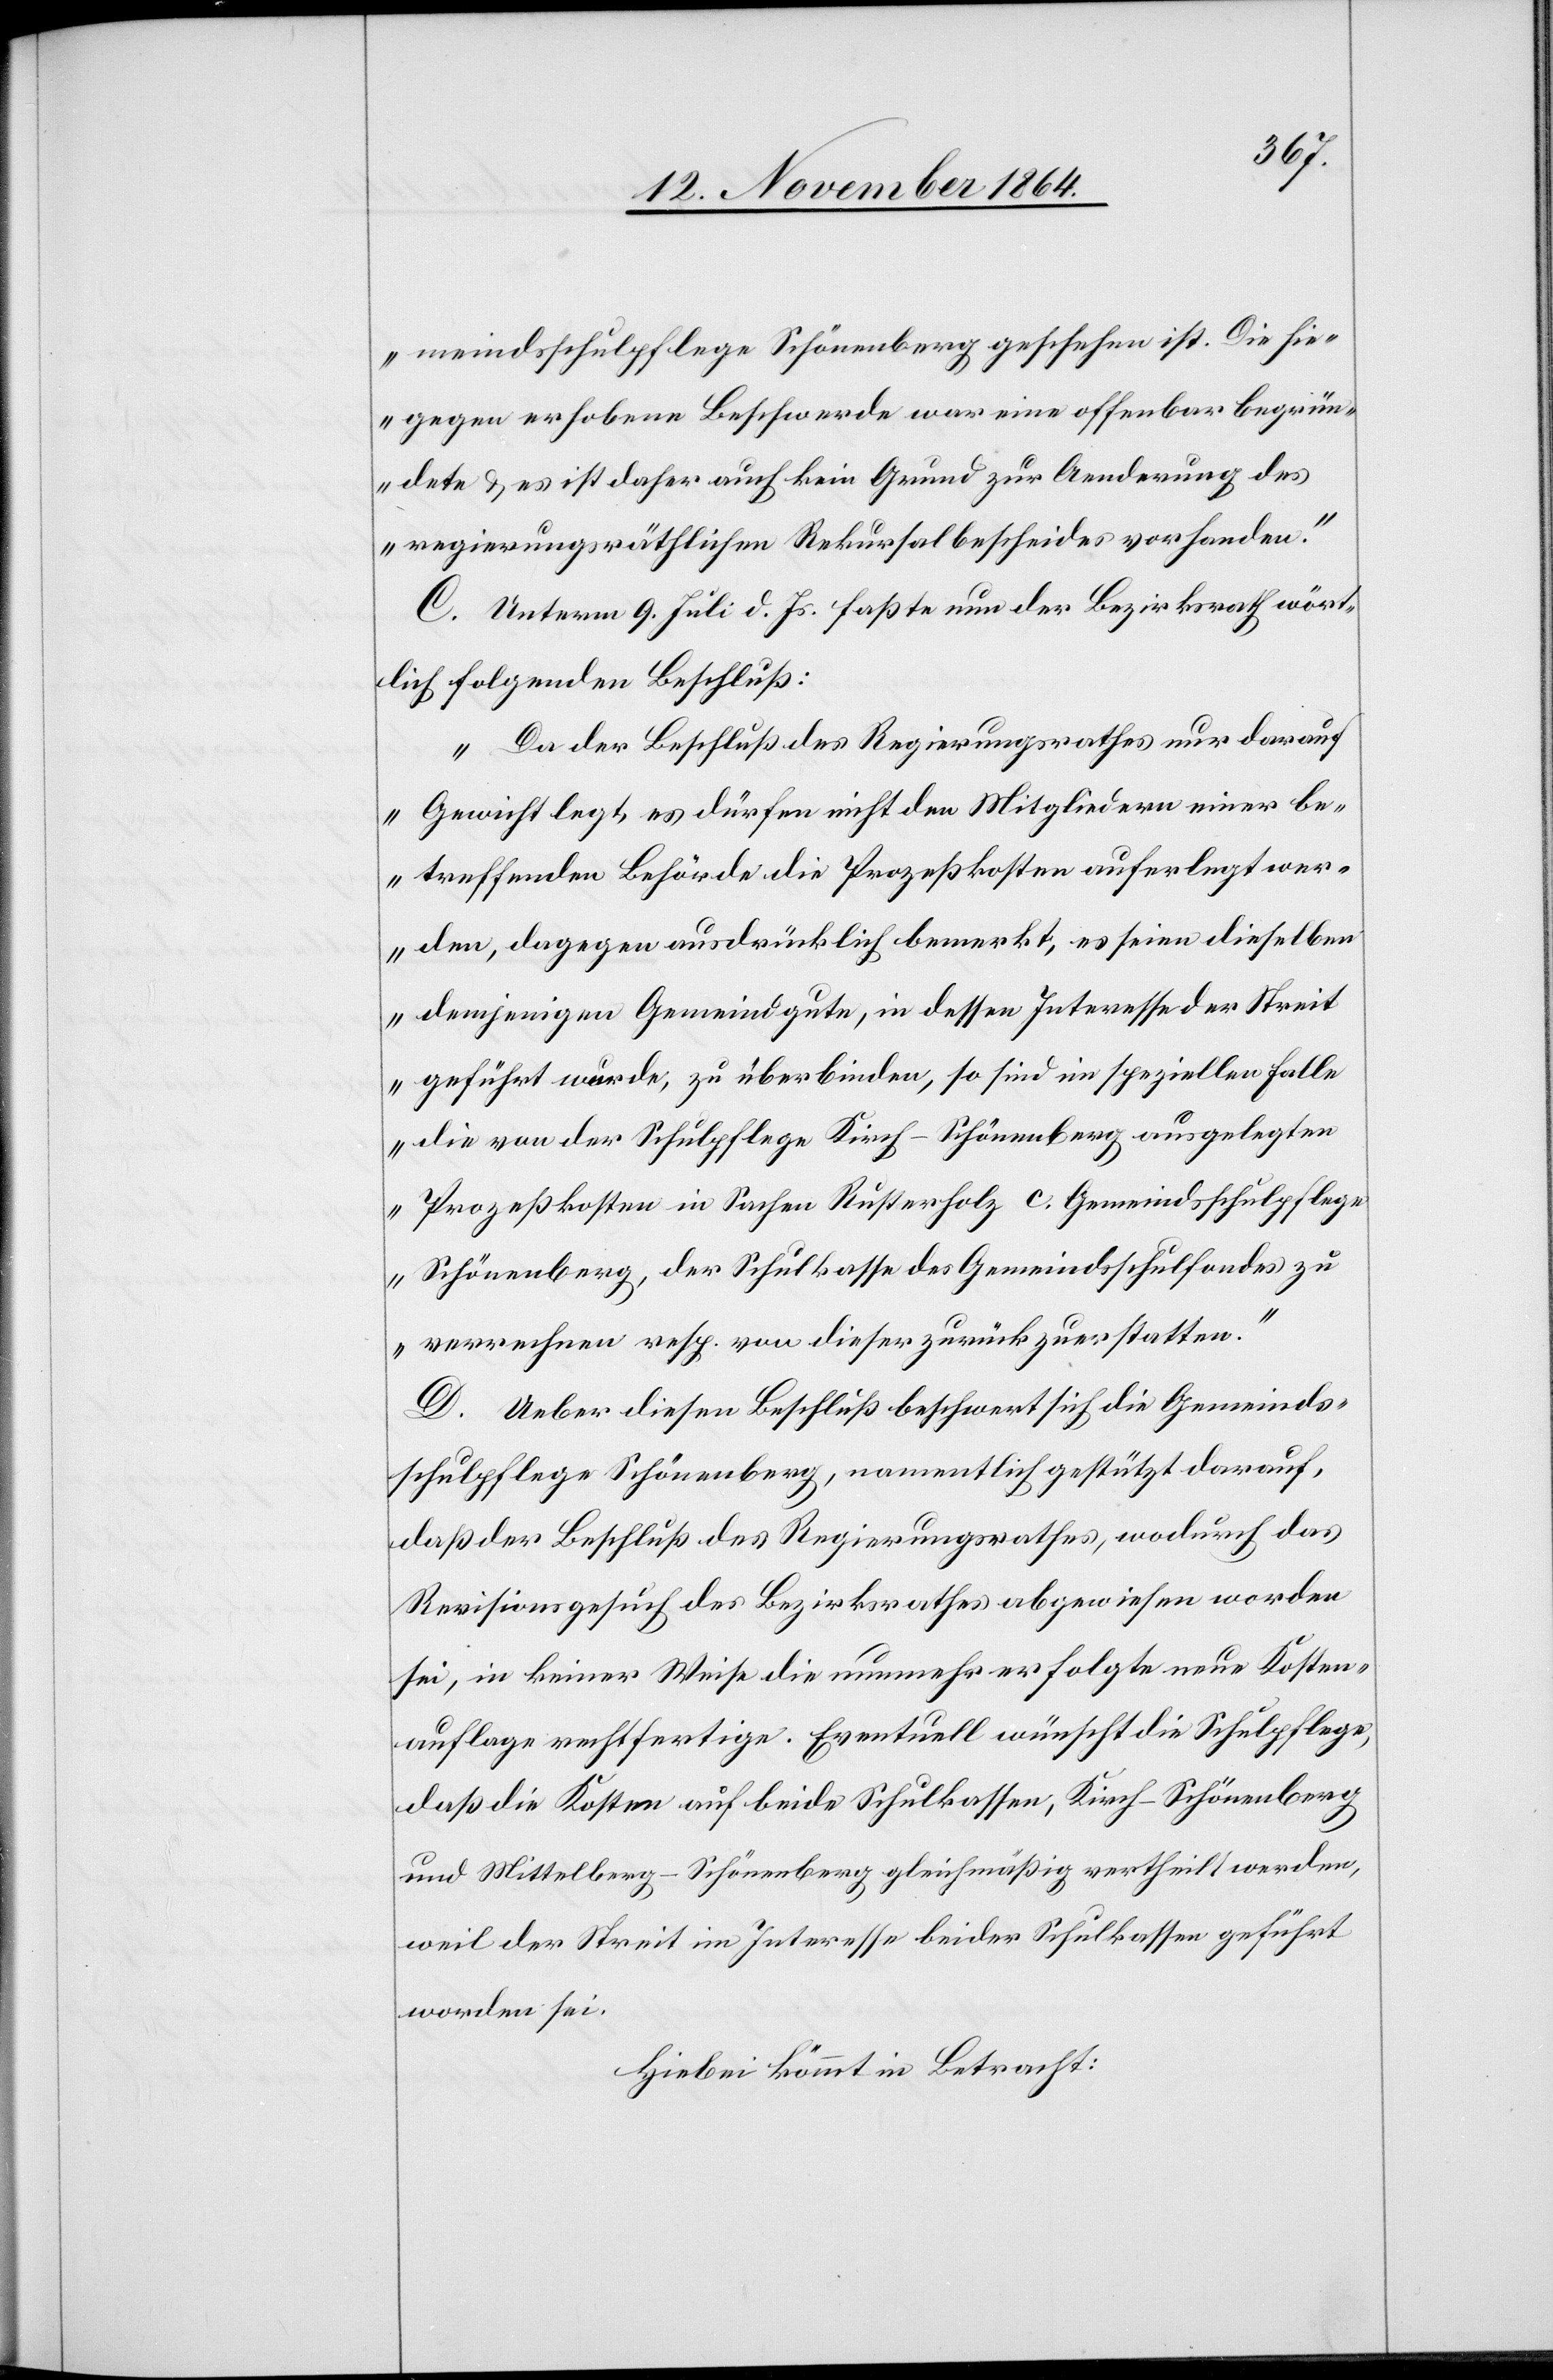
meindsschulpflege Schönenberg geschehen ist. Die hie¬
gegen erhobene Beschwerde war eine offenbar begrün¬
dete & es ist daher auch kein Grund zur Aenderung des
regierungsräthlichen Rekursalbescheides vorhanden.“
C. Unterm 9. Juli d. Js. faßte nun der Bezirksrath wört¬
lich folgenden Beschluß:
„Da der Beschluß des Regierungsrathes nur darauf
Gewicht legt, es dürfen nicht den Mitgliedern einer be¬
treffenden Behörde die Prozeßkosten auferlegt wer¬
den, dagegen ausdrücklich bemerkt, es seien dieselben
demjenigen Gemeindgute, in dessen Interesse der Streit
geführt wurde, zu überbinden, so sind im speziellen Falle
die von der Schulpflege Kirch - Schönenberg ausgelegten
Prozeßkosten in Sachen Rusterholz c. Gemeindsschulpflege
Schönenberg, der Schulkasse des Gemeindsschulfondes zu
verrechnen resp. von dieser zurückzuerstatten.“
D. Ueber diesen Beschluß beschwert sich die Gemeinds¬
schulpflege Schönenberg, namentlich gestützt darauf,
daß der Beschluß des Regierungsrathes, wodurch das
Revisionsgesuch des Bezirksrathes abgewiesen worden
sei, in keiner Weise die nunmehr erfolgte neue Kosten¬
auflage rechtfertige. Eventuell wünscht die Schulpflege,
daß die Kosten auf beide Schulkassen, Kirch - Schönenberg
und Mittelberg - Schönenberg gleichmäßig vertheilt werden,
weil der Streit im Interesse beider Schulkassen geführt
worden sei.
Hiebei kömmt in Betracht: